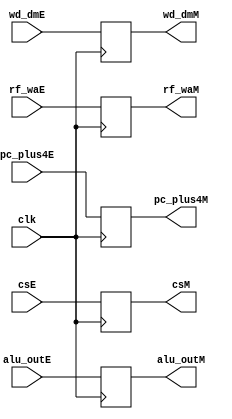
module EXE_MEM(
    input wire clk,
    input wire [3:0] csE,
    input wire [31:0] alu_outE,
    input wire [31:0] wd_dmE,
    input wire [4:0] rf_waE,
    input wire [31:0] pc_plus4E,
    output reg [3:0] csM,
    output reg [31:0] alu_outM,
    output reg [31:0] wd_dmM,
    output reg [4:0] rf_waM,
    output reg [31:0] pc_plus4M
    );
    
    always @ (posedge clk) begin
        csM = csE;
        alu_outM = alu_outE;
        wd_dmM = wd_dmE;
        rf_waM = rf_waE;
        pc_plus4M = pc_plus4E;
    end
    
endmodule